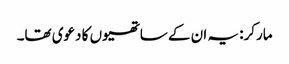
مارکر: یہ ان کے ساتھیوں کا دعوی تھا۔